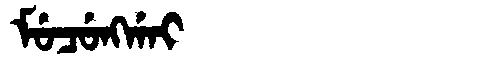
Manchu: ᠮᡠᠴᡠᠩᡤᠠᡳ
Romanization: MUCUNGGAI